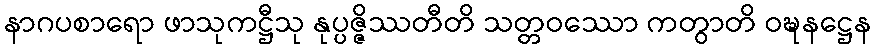
နာဂပစာရော ဖာသုကဋ္ဌီသု နုပ္ပဇ္ဇိဿတီတိ သတ္တဝဿော ကတွာတိ ဝဍ္ဎနဋ္ဌေန